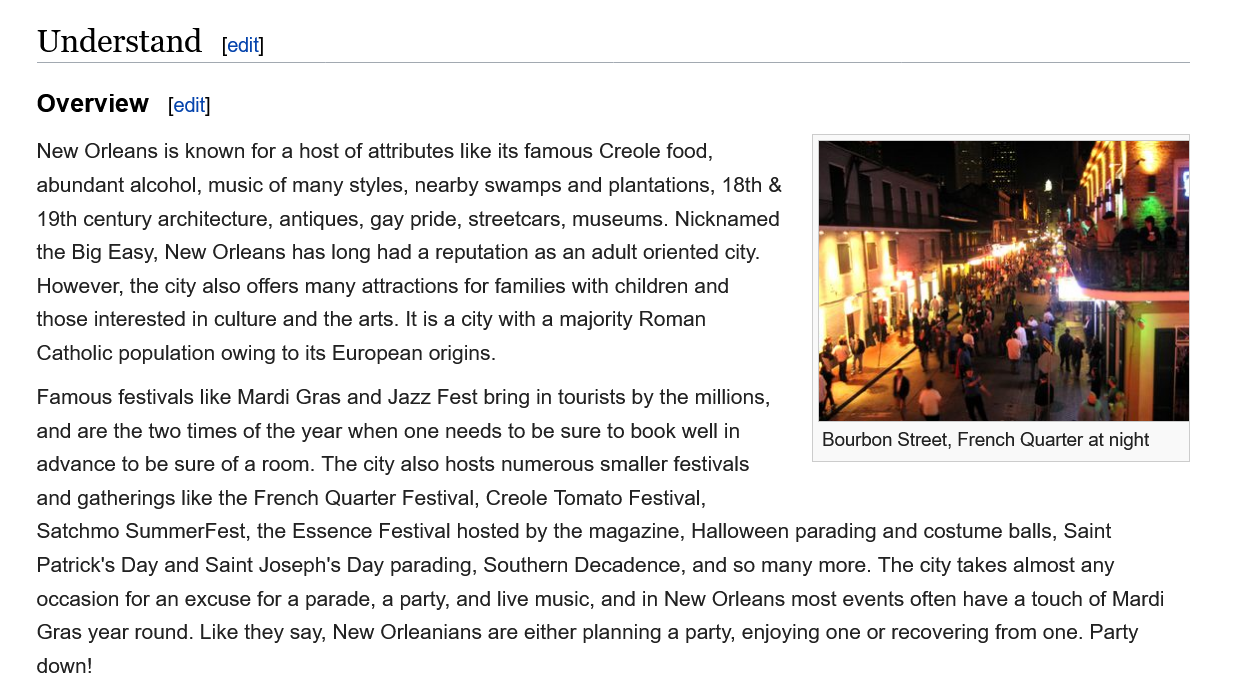
Understand
    Overview
    New Orleans is known for a host of attributes like its famous Creole food,
    abundant alcohol, music of many styles, nearby swamps and plantations, 18th &
    19th century architecture, antiques, gay pride, streetcars, museums. Nicknamed
    the Big Easy, New Orleans has long had a reputation as an adult oriented city.
    However, the city also offers many attractions for families with children and
    those interested in culture and the arts. It is a city with a majority Roman
    Catholic population owing to its European origins.
    Famous festivals like Mardi Gras and Jazz Fest bring in tourists by the millions,
   i
     eee
   te
    and are the two times of the year when one needs to be sure to book well in
     Bourbon Street, French Quarter at night
    advance to be sure of a room. The city also hosts numerous smaller festivals
    and gatherings like the French Quarter Festival, Creole Tomato Festival,
    Satchmo SummerFest, the Essence Festival hosted by the magazine, Halloween parading and costume balls, Saint
    Patrick's Day and Saint Joseph's Day parading, Southern Decadence, and so many more. The city takes almost any
    occasion for an excuse for a parade, a party, and live music, and in New Orleans most events often have a touch of Mardi
    Gras year round. Like they say, New Orleanians are either planning a party, enjoying one or recovering from one. Party
    down!
     [edit]
     [edit]
     Bourbon Street, French Quarter at night